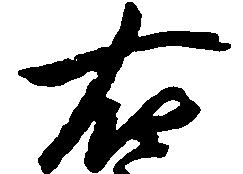
右